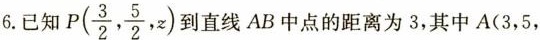
6.已知P(\frac{3}{2}, \frac{5}{2},z)到直线AB中点的距离为3，其中A(3，5，